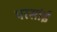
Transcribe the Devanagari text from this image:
परसांई